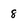
Character: 8